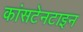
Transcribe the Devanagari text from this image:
कांसटेनटाइन